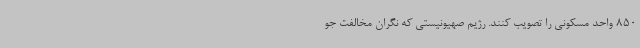
850 واحد مسکونی را تصویب کنند. رژیم صهیونیستی که نگران مخالفت جو